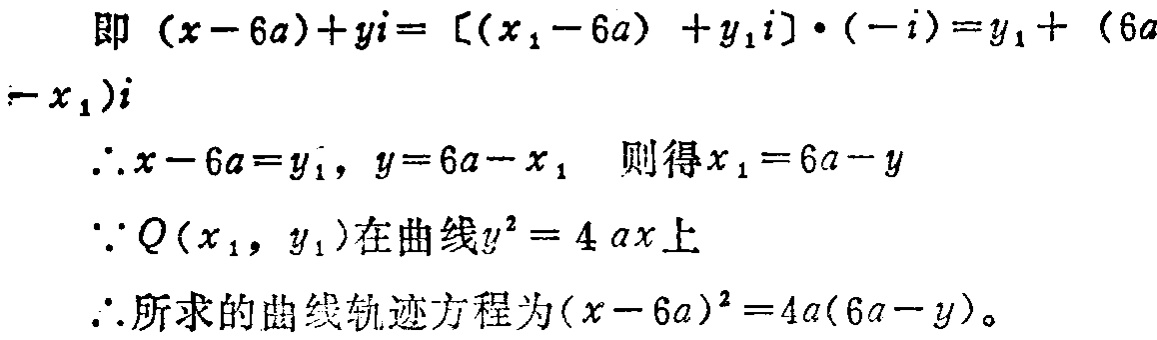
即 \((x - 6a)+yi= [(x_1 - 6a)+y_1i]\cdot(-i)=y_1+(6a - x_1)i\)
\(\therefore x - 6a=y_1,\ y = 6a - x_1\) 则得 \(x_1 = 6a - y\)
\(\because Q(x_1,y_1)\)在曲线\(y^{2}=4ax\)上
\(\therefore\)所求的曲线轨迹方程为\((x - 6a)^{2}=4a(6a - y)\)。